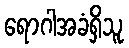
ရောဂါအခံရှိသူ